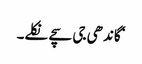
‘ گاندھی جی سچے نکلے۔